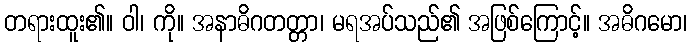
တရားထူး၏။ ဝါ၊ ကို။ အနာဓိဂတတ္တာ၊ မရအပ်သည်၏ အဖြစ်ကြောင့်။ အဓိဂမော၊